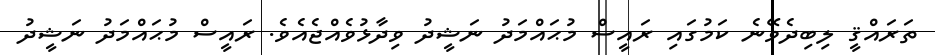
ތަރައްޤީ ލިބިދެވޭނެ ކަމުގައި ރައީސް މުޙައްމަދު ނަޝީދު ވިދާޅުވެއްޖެއެވެ. ރައީސް މުޙައްމަދު ނަޝީދު